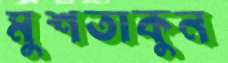
মুশতাকুন